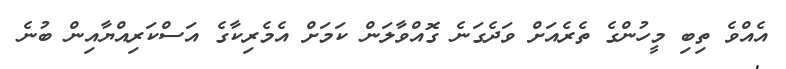
އެއްވެ ތިބި މީހުންގެ ތެރެއަށް ވަދެގަނެ ގޮއްވާލަން ކަމަށް އެމެރިކާގެ އަސްކަރިއްޔާއިން ބުނެ